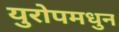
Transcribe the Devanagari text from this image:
युरोपमधुन